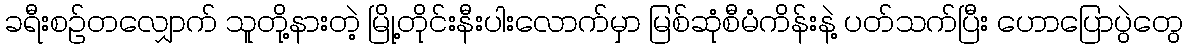
ခရီးစဉ်တလျှောက် သူတို့နားတဲ့ မြို့တိုင်းနီးပါးလောက်မှာ မြစ်ဆုံစီမံကိန်းနဲ့ ပတ်သက်ပြီး ဟောပြောပွဲတွေ